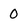
Character: 0